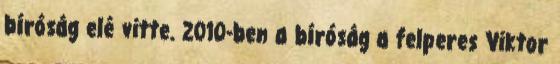
bíróság elé vitte. 2010-ben a bíróság a felperes Viktor